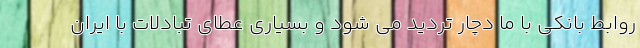
روابط بانکی با ما دچار تردید می شود و بسیاری عطای تبادلات با ایران